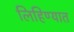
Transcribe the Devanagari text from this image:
लिहिण्‍यात